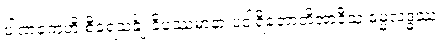
ပါဏကေဟိ စီဝရသင်္ချံ ဝိပဿမာနာ ပဝါရိတောတိအာဒီသု ဓမ္မလဒ္ဓဿ